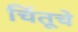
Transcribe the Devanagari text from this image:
चिंतूचे